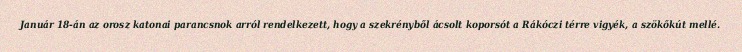
Január 18-án az orosz katonai parancsnok arról rendelkezett, hogy a szekrényből ácsolt koporsót a Rákóczi térre vigyék, a szökőkút mellé.